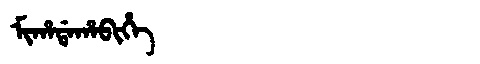
Manchu: ᠮᡳᡥᠠᡩᠠᡥᠠᠪᡳᡥᡝ
Romanization: MIHADAHABIHE